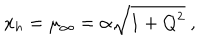
x _ { h } = \mu _ { \infty } = \alpha \sqrt { 1 + Q ^ { 2 } } \ ,